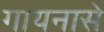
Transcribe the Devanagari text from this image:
गायनासे